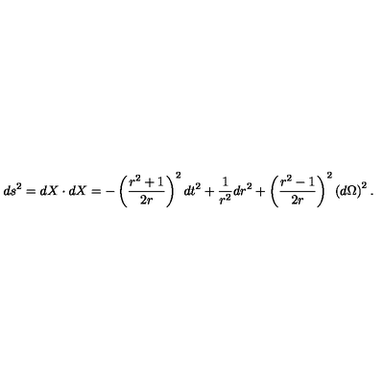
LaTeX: d s ^ { 2 } = d X \cdot d X = - \left( \frac { r ^ { 2 } + 1 } { 2 r } \right) ^ { 2 } d t ^ { 2 } + \frac 1 { r ^ { 2 } } d r ^ { 2 } + \left( \frac { r ^ { 2 } - 1 } { 2 r } \right) ^ { 2 } \left( d \Omega \right) ^ { 2 } { . }